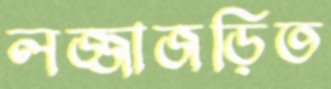
লজ্জাজড়িত